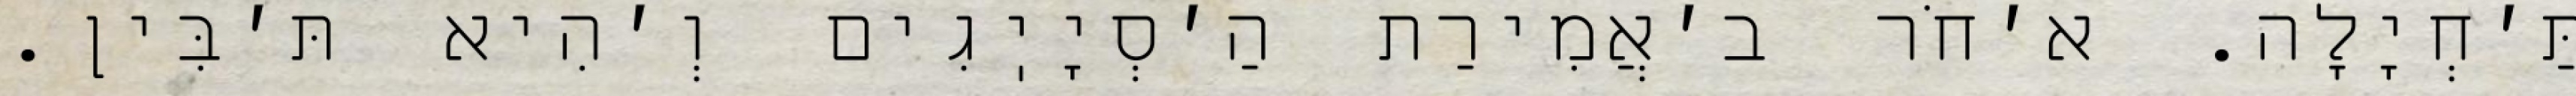
תַּ׳חְיָלָה. א׳חֹר ב׳אֲמִירַת הַ׳סְיָיֽגִים וְ׳הִיא תּ׳בִּין.